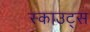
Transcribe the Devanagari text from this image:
स्‍काउट्स